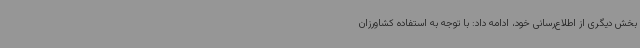
بخش دیگری از اطلاع‌رسانی خود، ادامه داد: با توجه به استفاده کشاورزان